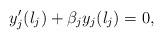
LaTeX: \begin{align*}y^{\prime}_j (l_j) + \beta_j y_j (l_j) = 0, \end{align*}